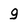
Character: g